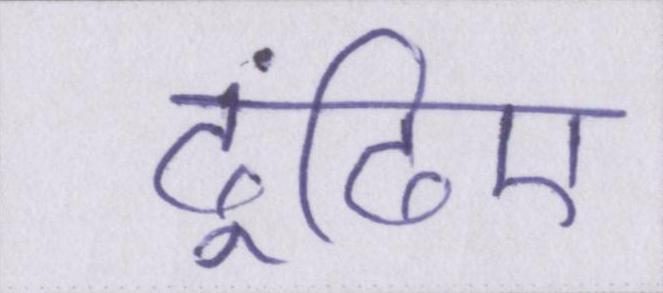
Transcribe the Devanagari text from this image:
ढूंढिए